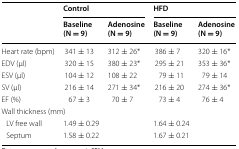
| <ROWSPAN=2>  | <COLSPAN=2> Control | <COLSPAN=2> HFD |
 | Baseline (N = 9) | Adenosine (N = 9) | Baseline (N = 9) | Adenosine (N = 9) |
 | --- | --- | --- | --- | --- |
 | Heart rate (bpm) | 341 ± 13 | 312 ± 26* | 386 ± 7 | 320 ± 16* |
 | EDV (μl) | 320 ± 15 | 380 ± 23* | 295 ± 21 | 353 ± 36* |
 | ESV (μl) | 104 ± 12 | 108 ± 22 | 79 ± 11 | 79 ± 14 |
 | SV (μl) | 216 ± 14 | 271 ± 34* | 216 ± 20 | 274 ± 36* |
 | EF (%) | 67 ± 3 | 70 ± 7 | 73 ± 4 | 76 ± 4 |
 | <COLSPAN=5> Wall thickness (mm) |
 | LV free wall | 1.49 ± 0.29 |  | 1.64 ± 0.24 |  |
 | Septum | 1.58 ± 0.22 |  | 1.67 ± 0.21 |  |